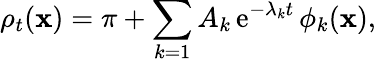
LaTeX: \rho_{t}(\mathbf{x})=\pi+\sum_{k=1}A_{k}\operatorname{e}^{-\lambda_{k}t}\phi_{k}(\mathbf{x}),